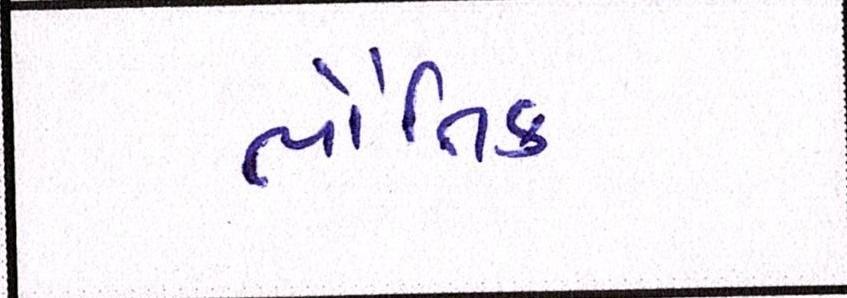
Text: ભૌતિક